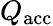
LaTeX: Q_{\mathrm{acc}}